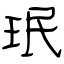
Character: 珉